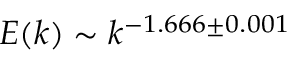
E ( k ) \sim k ^ { - 1 . 6 6 6 \pm 0 . 0 0 1 }